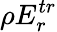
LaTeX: \rho E_{r}^{tr}